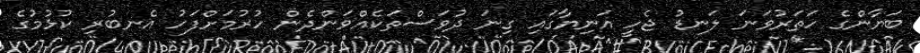
ބަޔާންގެ ހަތަރުވަނަ ލަނޑު ޖެހީ އަނިޔާގައި ގިނަ ދުވަސްތަކެއްވަންދެން ހުރުމަށްފަހު އެނބުރި ކުޅުމުގެ